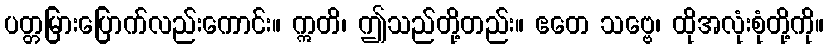
ပတ္တမြားပြောက်လည်းကောင်း။ ဣတိ၊ ဤသည်တို့တည်း။ ဧတေ သဗ္ဗေ၊ ထိုအလုံးစုံတို့ကို။